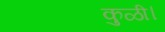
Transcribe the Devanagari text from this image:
कुळी।